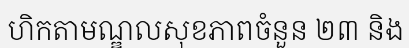
ហិកតាមណ្ឌលសុខភាពចំនួន ២៣ និង